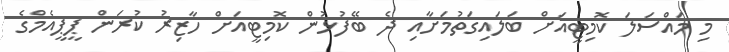
މި މައްސަލަ ކޮމިޓީއަށް ބަލައިގަތުމަށާއި ދެ ބޭފުޅުން ކޮމިޓީއަށް ހާޒިރު ކުރަން ޕީޕީއެމްގެ